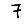
Digit: 7